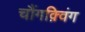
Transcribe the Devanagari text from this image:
चौंगक़्विंग